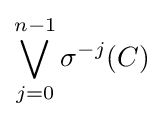
\bigvee _{j=0}^{n-1}\sigma ^{-j}(C)